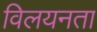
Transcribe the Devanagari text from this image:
विलयनता